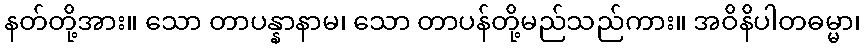
နတ်တို့အား။ သော တာပန္နာနာမ၊ သော တာပန်တို့မည်သည်ကား။ အဝိနိပါတဓမ္မာ၊